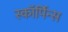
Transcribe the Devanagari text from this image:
स्कॉर्पिन्स